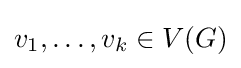
v_{1},\ldots ,v_{k}\in V(G)